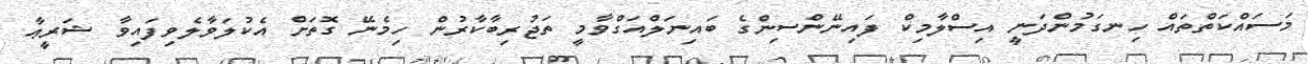
މަސައްކަތްތައް ހިނގަމުންދަނީ އިސްލާމިކް ފައިނޭންސިންގެ ބައިނަލްއަގްވާމީ ތަޖުރިބާކާރުން ހިމެނޭ ގޮތަށް އެކުލަވާލެވިފައިވާ ޝަރީޢާ